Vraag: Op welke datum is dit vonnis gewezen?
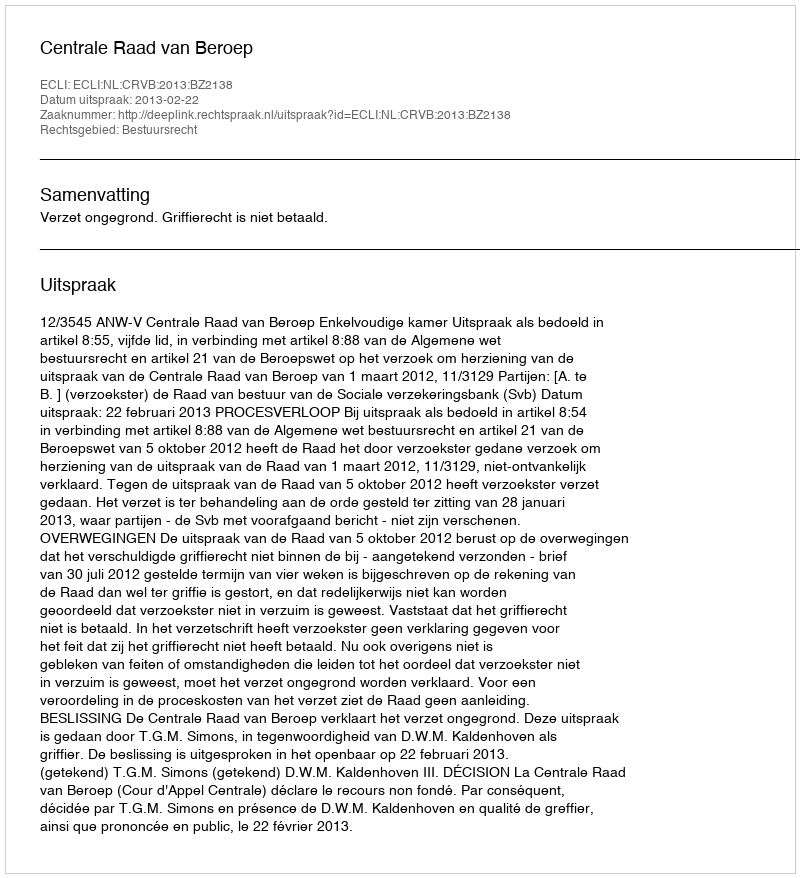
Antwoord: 2013-02-22